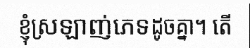
ខ្ញុំស្រឡាញ់ភេទដូចគ្នា។ តើ